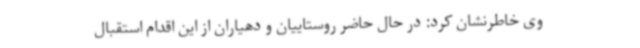
وی خاطرنشان کرد: در حال حاضر روستاییان و دهیاران از این اقدام استقبال